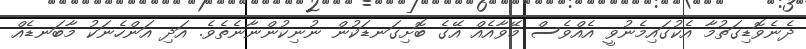
ދެނެވޮޑިގަތުމާ އެކުގައިމެނުވީ އެއްވެސް މޭވާއެއް އޭގެ ބޮށިގަނޑަކުން ނުނިކުންނާނެތެވެ. އަދި އަންހެނަކު މާބަނޑެއް